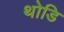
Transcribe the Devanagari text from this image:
थोडि